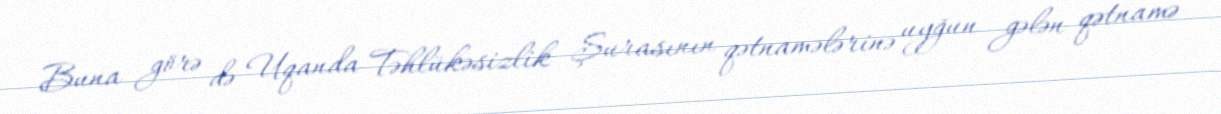
Buna görə də Uqanda Təhlükəsizlik Şurasının qətnamələrinə uyğun gələn qətnamə